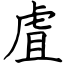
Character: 虘